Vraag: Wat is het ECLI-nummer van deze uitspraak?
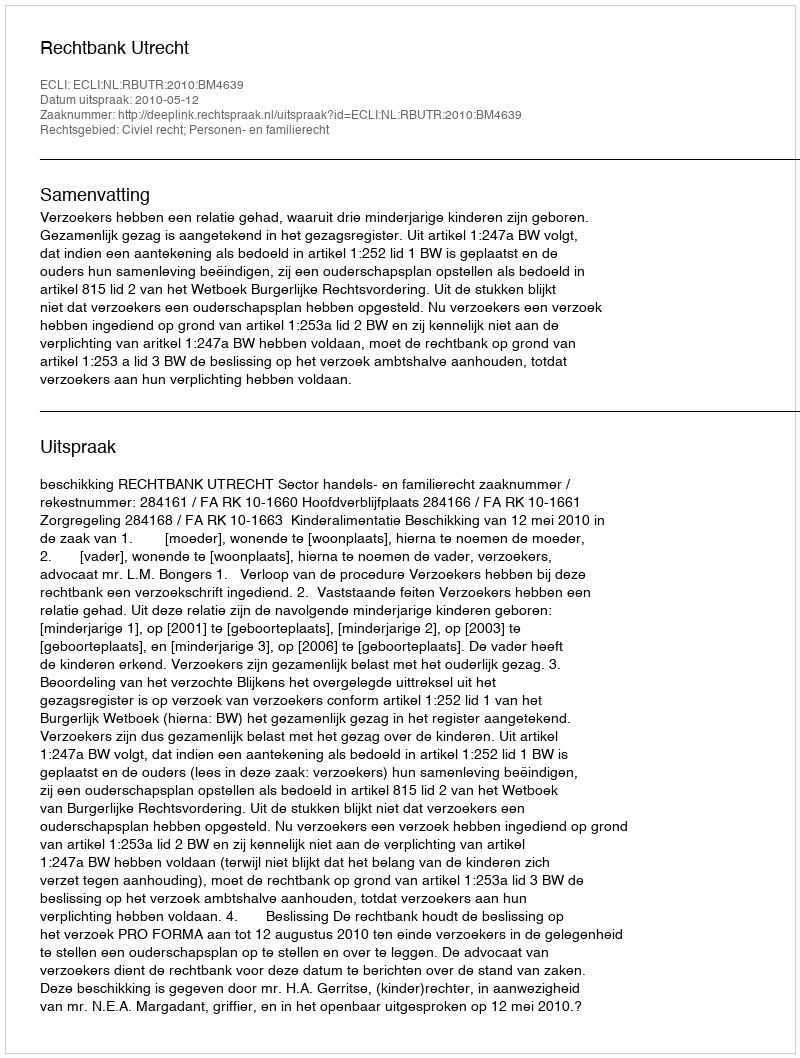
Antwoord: ECLI:NL:RBUTR:2010:BM4639